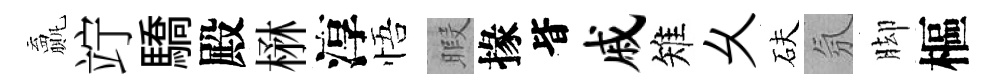
贏竚驕殿楙淳悟暇掾𣅜戚雉乆砆氛脚樞